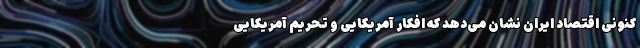
کنونی اقتصاد ایران نشان می‌دهد که افکار آمریکایی و تحریم آمریکایی